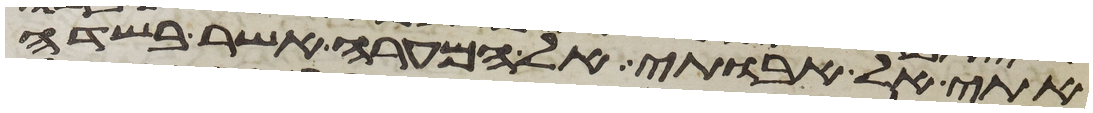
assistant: אתי אל אבותי אל המערה אשר בשדה